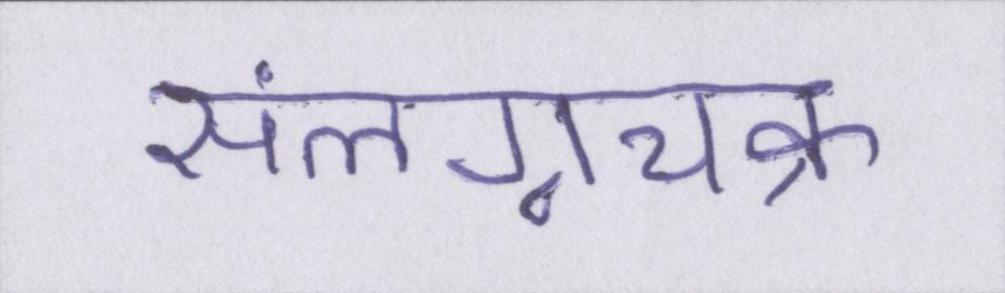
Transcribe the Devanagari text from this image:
संलग्नचक्र